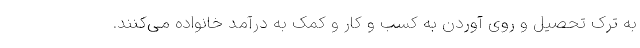
به ترک تحصیل و روی آوردن به کسب و کار و کمک به درآمد خانواده می‌کنند.